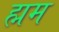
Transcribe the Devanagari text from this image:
ह्मम